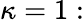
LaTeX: \kappa=1: